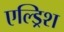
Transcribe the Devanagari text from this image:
एल्ड्रिश